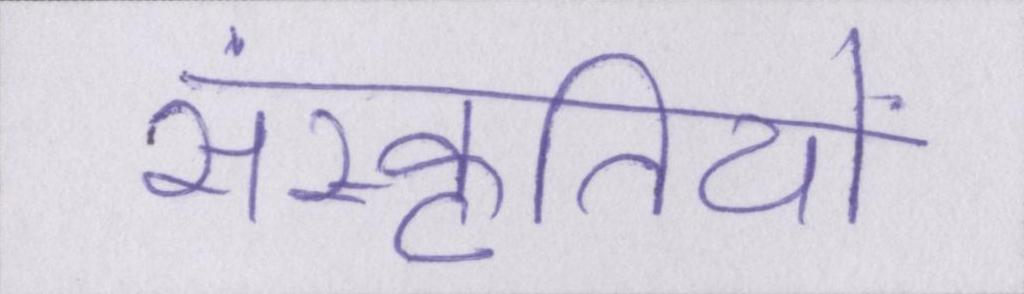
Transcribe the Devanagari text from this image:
संस्कृतियों